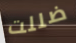
ضللت